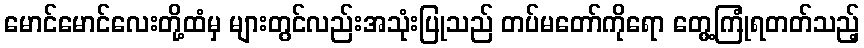
မောင်မောင်လေးတို့ထံမှ များတွင်လည်းအသုံးပြုသည် တပ်မတော်ကိုရော တွေ့ကြုံရတတ်သည့်